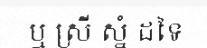
ឬ ស្រី ស្នំ ដទៃ